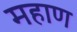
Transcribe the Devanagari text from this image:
महाण